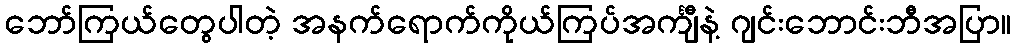
ဘော်ကြယ်တွေပါတဲ့ အနက်ရောက်ကိုယ်ကြပ်အင်္ကျီနဲ့ ဂျင်းဘောင်းဘီအပြာ။